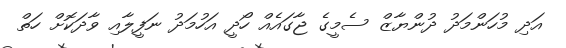
އަދި މުހަންމަދު ދުންޔާޒް ސެމީގެ ޖާގައެއް ހޯދީ އަހުމަދު ނަފީލާއި ވާދަކޮށް ހަތް